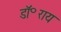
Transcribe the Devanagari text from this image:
डॉ॰राय